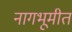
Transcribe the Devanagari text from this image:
नागभूमीत